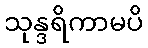
သုန္ဒရိကာမပိ